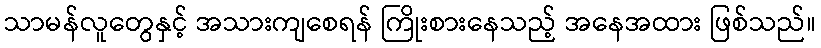
သာမန်လူတွေနှင့် အသားကျစေရန် ကြိုးစားနေသည့် အနေအထား ဖြစ်သည်။